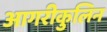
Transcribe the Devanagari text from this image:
आगरीकुलिन